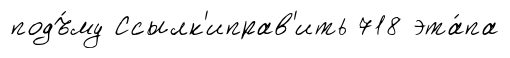
подъ́му Ссылк'иправ'ить 718 эта́па